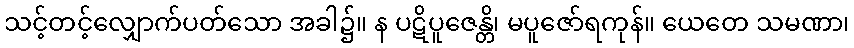
သင့်တင့်လျှောက်ပတ်သော အခါ၌။ န ပဋိပူဇေန္တိ၊ မပူဇော်ရကုန်။ ယေတေ သမဏာ၊